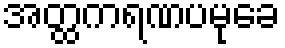
အတ္ထကရဏပမုခေ